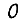
Digit: 0